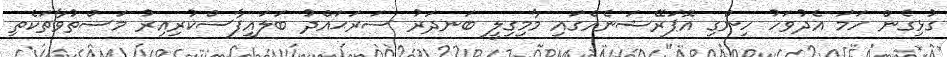
ގުޅިގެން ހަމަ އެދުވަހު ހިންގި އޮޕަރޭޝަނެއްގައި މާމިގިލީ ބަނދަރު ސަރަޙައްދު ބަލައިފާސްކުރިއިރު މަސްތުވާތަކެތި